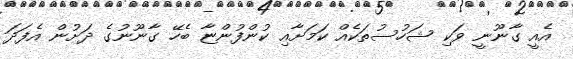
އެއީ ގާނޫނީ ވަކި ޝަހުސުތަކެއް ކަމަށާއި ކުންފުންޏާ ބެހޭ ގާނޫނުގެ ދަށުން އެފަދަ